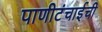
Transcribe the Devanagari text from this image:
पाणीटंचाईची